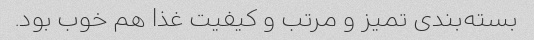
بسته‌بندی تمیز و مرتب و کیفیت غذا هم خوب بود.